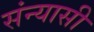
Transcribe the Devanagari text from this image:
संन्‍यासी